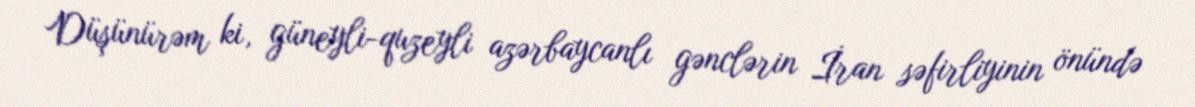
Düşünürəm ki, güneyli-quzeyli azərbaycanlı gənclərin İran səfirliyinin önündə